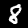
Digit: 8